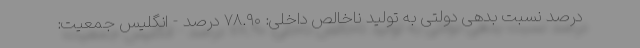
درصد نسبت بدهی دولتی به تولید ناخالص داخلی: ۷۸.۹۰ درصد - انگلیس جمعیت: